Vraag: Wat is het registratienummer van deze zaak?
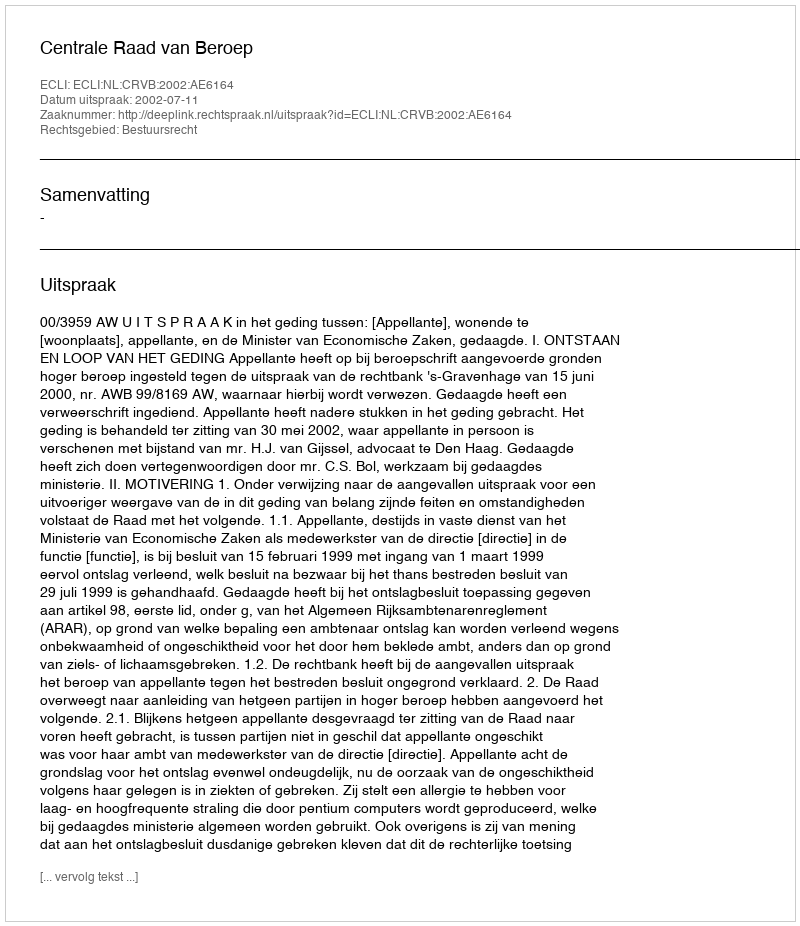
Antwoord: http://deeplink.rechtspraak.nl/uitspraak?id=ECLI:NL:CRVB:2002:AE6164